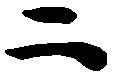
二